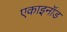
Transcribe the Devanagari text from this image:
एकाइनॉड